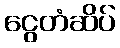
ငွေတံဆိပ်